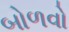
બોળવો